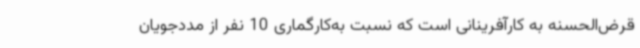
قرض‌الحسنه به کارآفرینانی است که نسبت به‌کارگماری 10 نفر از مددجویان